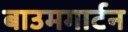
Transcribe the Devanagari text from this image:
बाउमगार्टन